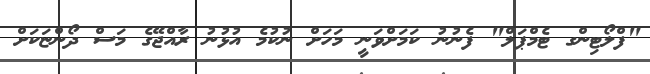
"ފްލޯޓިންގ ޓެމްޕަލް" ފެނުނު ކަމަށްވަނީ މަހަށް ނުކުމެ އުޅުނު ރާއްޖޭގެ މަސް ދޯންޏަކަށް